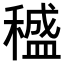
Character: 𥢱